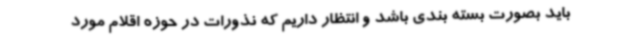
باید بصورت بسته بندی باشد و انتظار داریم که نذورات در حوزه اقلام مورد